King Institute of Preventive Medicine Micro-Biological Section reports 1909-11
Year: 1909
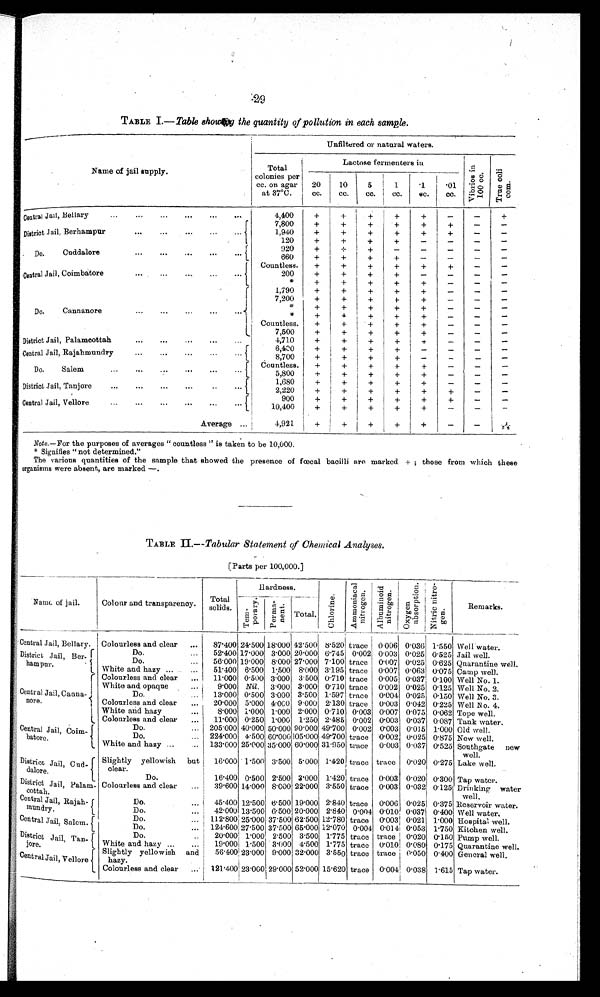
29
TABLE I .—Table showing the quantity of pollution in each sample.
Name of jail supply.
Unfiltered of natural waters.
Tota
l colonies per
cc. on agar
at 37°C.
Lactose fermenters in
V i b r o i s i n 1 0 0 c c .
Tr ue c ol i c om.
20 cc.
10 cc.
5 cc.
1 cc.
.1 cc.
.01
cc.
Central Jail, Bellary
4,400
+
+ +
+
+
−
−
+
Di st r i ct Jai l Ber hampur
7 , 8 0 0
+
+ +
+
+
+
−
−
1,940
+
+ +
+
+
+
−
−
120
+
+ +
+
−
−
−
−
Do. Cuddalore
920
+
+
+
−
−
−
−
−
660
+
+
+
+
−
−
−
−
Central Jail Coimbatore
Countless.
+
+ +
+
+
+
−
−
200
+
+
+
+
−
−
−
−
*
+
+
+ +
+
−
−
−
Do. Cannanore
1,790 +
+
+
+
+
−
−
−
7,200
+
+
+
+
+
−
−
−
*
+
+ +
+
+
−
−
−
*
+
+ +
+
+
−
−
−
Countless.
+
+ +
+
+
−
−
−
7,500
+
+
+
+
+
−
−
−
Di st ri ct Jai l Pal amcot t ah
4,710
+
+
+
+
+
−
−
−
Central Jail, Rajahmundry
6,400
+
+
+
+
−
−
−
−
8,700
+
+ +
+
−
−
−
−
Do. Salem
Countless.
+
+ +
+
+
−
−
−
5,800
+
+ +
+
+
−
−
−
District Jail, Tanjore
1,680
+
+ +
+
+
−
−
−
2 , 2 2 0
+
+ +
+ +
+
−
−
Central Jail, Vellore
900 +
+
+
+
+
+
−
−
1 0 , 4 0 0
+
+
+
+
+
−
−
−
Average
4,921
+ +
+
+ +
−
−
2¼
Note.—For the purposes of averages "countless" is taken to be 10,000.
*Signifies "not determined."
The various quantities of the sample that showed the presence of fœcal bacilli are marked + ; those from which these
organisers were absent, are marked —.
TABLE II .—Tabular Statement of Chemical Analyses.
[Parts per 100,000]
Name of jail.
Colour and transparency.
Total
solids.
Hardness.
Chl or i ne .
A m m o n i a c a l n i t r o g e n .
Al bumi noi d ni trogen. O x y g e n a b s o r p t i o n . Ni t r i c n i t r o g e n .
Remarks.
Temporary
Permanent.
Total.
Central jail Bellary.
C o l o u r e s s a n d c l e a r
87.400 24.500 18.000 42.500 8.520 trace 0.006 0.036 1.550 Well water.
District Jail Berhambur.
Do.
52.400 17.000 3.000 20.000 6.745 0.002 0.003 0.025 0.525 Jail well.
Do.
56.000 19.000 8.000 27.000 7.100 trace 0.007 0.025 0.625 Quarantine well.
White and hazy
51.400 6.500 1.500 8.000 3.195 trace 0.007 0.063 0.075 Camp well.
C e n t r e l J a i l C a n n a n o r e . Colourless and clear
11.000 0.500 3.000 3.500 0.710 trace 0.005 0.037 0.100 Well No. 1.
White and opaque
9.000 Nil. 3.000 3.000 0.710 trace 0.002 0.025 0.125 Well No. 2.
Do.
13.000 0.500 3.000 3.500 1.597 trace 0.004 0.025 0.150 Well No. 3.
Colourless and clear
20.000 5.000 4.000 9.000 2.130 trace 0.003 0.042 0.225 Well N o. 4.
White and hazy
8.000 1.000 1.000 2.000 0.710 0.003 0.007 0.075 0.062 Tope well.
Colourless and clear
11.000 0.250 1.000 1.250 2.485 0.002 0.003 0.037 0.087 Tank water.
Central Jail Coimbatore.
Do.
205.000 40.000 50.000 90.000 49.700 0.002 0.003 0.015 1.000 Old well.
Do.
224.000 250.000
3 5 . 0 0 0
60.000
3 1 . 9 5 0 trace 0.002 0.025 0.875 New well.
White and hazy
133.000 25.000 35.000 60.000 31.950 trace 0.003 0.037 0.525 Southgte new well.
District Jail Cuddalore. Slightly yellowish but
clear.
16.000 1.500 3.500 5.000 l.420 trace trace 0.020 0.275
Lake well.
Do.
16.400 0.500 2.500 3.000 1.420 trace 0.003
0 . 0 2 0
0.300 Tap water.
District Jail, Palamcottah. Colourless and clear
39.600 14.000 8.000 22.000 3.550 trace
0 . 0 3 3
0 . 0 3 2 0.125 Drinking water
well.
Central Jail Rajahmundry.
Do.
45.400 12.500 6.500 19.000 2.840 trace 0.006 0.025 0.375 Reservoir water.
Do.
42.00 13.500 6.500 20.000 2.840 0.004 0.010 0.037 0.400 Well water.
Central Jail Salem.
Do.
112.800 25.000 37.500 62.500 12.780 trace 0.003 0.021 1.000 Hospital well.
Do.
124.600 27.500 37.500 65.000 12.070 0.004 0.014 0.053 1.750 Kitchen well.
District jail Tanjore.
Do.
20.000 1.000 2.500 3.500 1.175 trace trace 0.020 0.150 Pump well.
White and hazy
19.000 1.500 3.000 4.500
1 . 1 7 5 trace 0.010 0.080 0.175 Quarantine well.
Central Jail, Vellore
Slightly yellowish and
hazy.
56.400 23.000 9.000 32.000 3.550 trace trace 0.050 0.400 General well.
Colourless and clear
121.400 23.000 29.000 52.000
1 5 . 6 2 0 trace 0.004
0 . 0 3 8 1.615 Tap water.